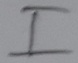
Text: I